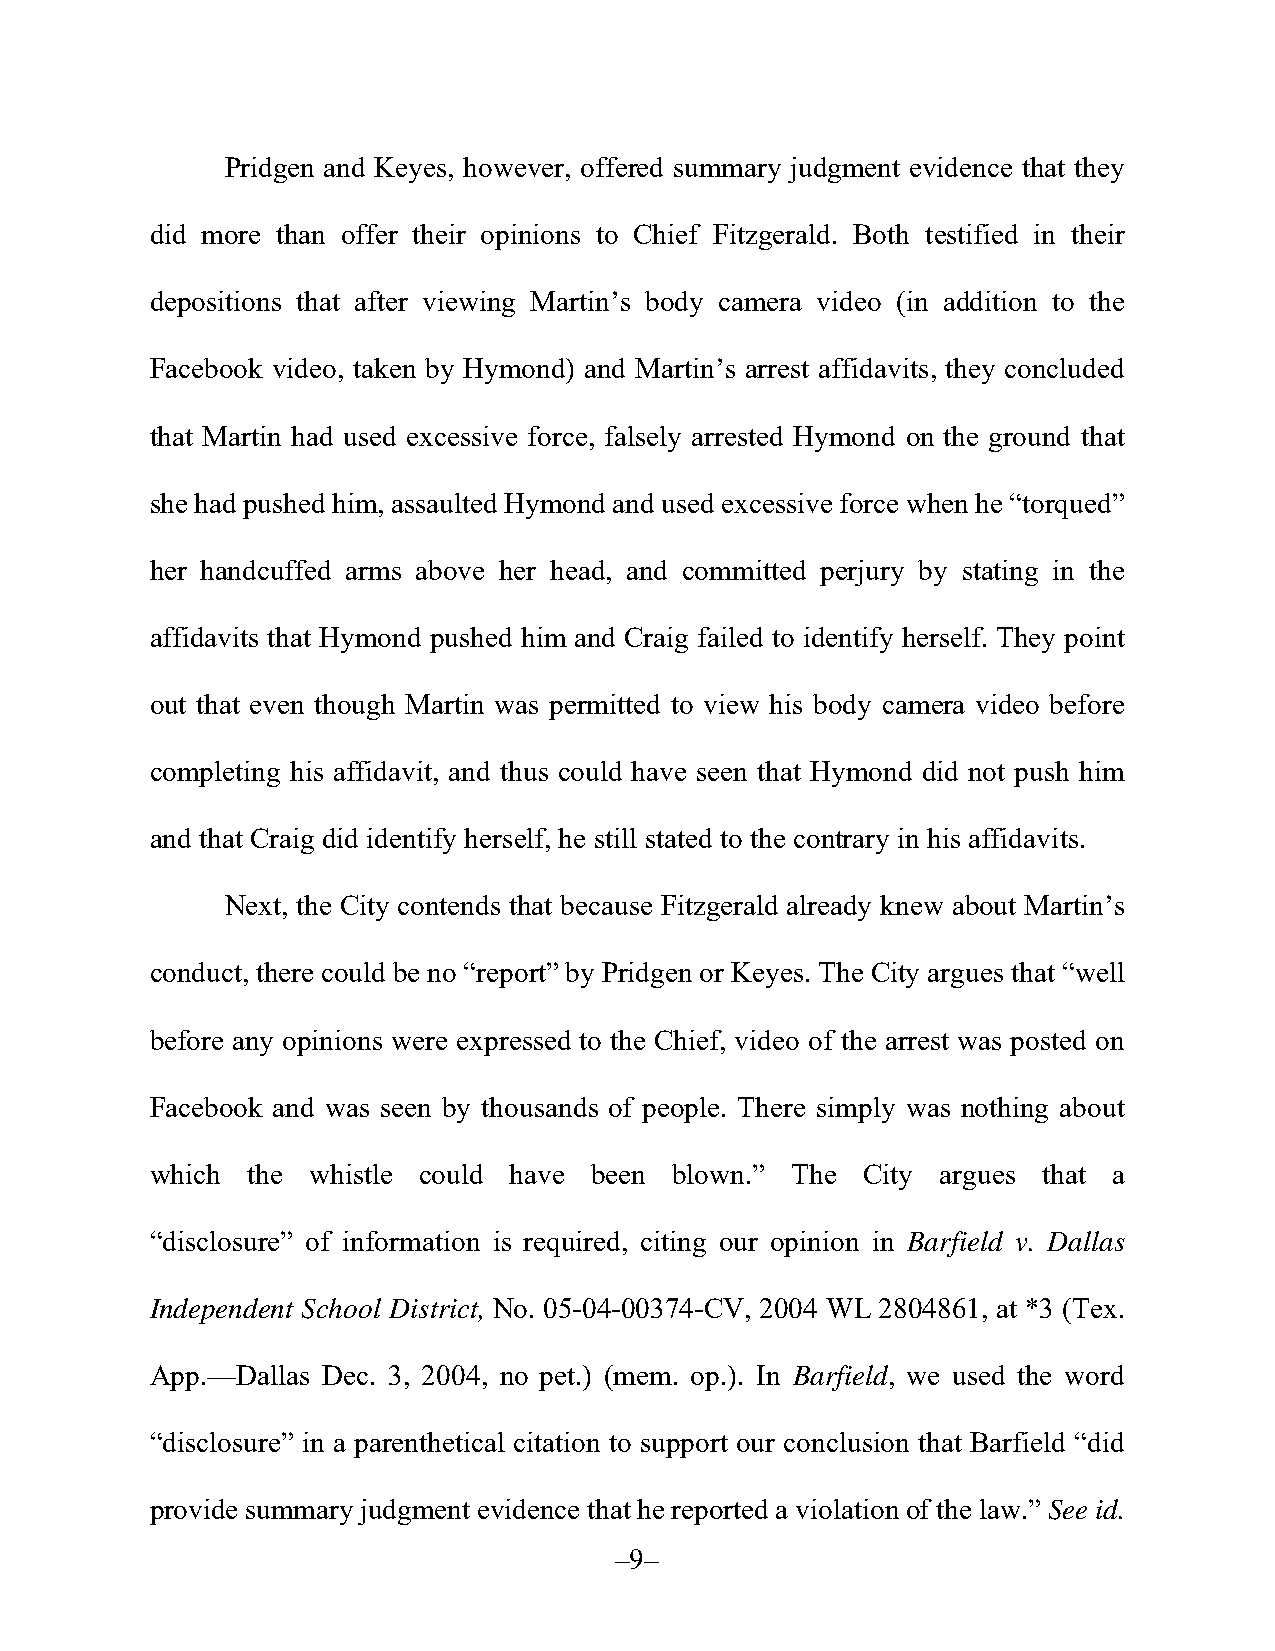
Pridgen and Keyes, however, offered summary judgment evidence that they
 did more than offer their opinions to Chief Fitzgerald. Both testified in their
 depositions that after viewing Martin’s body camera video (in addition to the
 Facebook video, taken by Hymond) and Martin’s arrest affidavits, they concluded
 that Martin had used excessive force, falsely arrested Hymond on the ground that
 she had pushed him, assaulted Hymond and used excessive force when he “torqued”
 her handcuffed arms above her head, and committed perjury by stating in the
 affidavits that Hymond pushed him and Craig failed to identify herself. They point
 out that even though Martin was permitted to view his body camera video before
 completing his affidavit, and thus could have seen that Hymond did not push him
 and that Craig did identify herself, he still stated to the contrary in his affidavits.
 Next, the City contends that because Fitzgerald already knew about Martin’s
 conduct, there could be no “report” by Pridgen or Keyes. The City argues that “well
 before any opinions were expressed to the Chief, video of the arrest was posted on
 Facebook and was seen by thousands of people. There simply was nothing about
 which the whistle could have been  blown.” The City argues that a
 “disclosure” of information is required, citing our opinion in Barfield v. Dallas
 Independent School District, No. 05-04-00374-CV, 2004 WL 2804861, at *3 (Tex.
 App.—Dallas Dec. 3, 2004, no pet.) (mem. op.). In Barfield, we used the word
 “disclosure” in a parenthetical citation to support our conclusion that Barfield “did
 provide summary judgment evidence that he reported a violation of the law.” See id.
 –9–